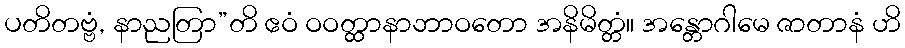
ပတိတဗ္ဗံ, နာညတြာ”တိ ဧဝံ ဝဝတ္ထာနာဘာဝတော အနိမိတ္တံ။ အန္တောဂါမေ ဇာတာနံ ဟိ